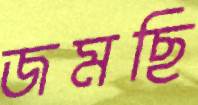
জমছি